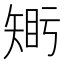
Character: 𥏦